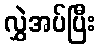
လွှဲအပ်ပြီး